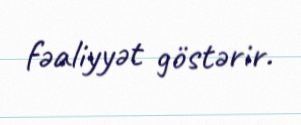
fəaliyyət göstərir.